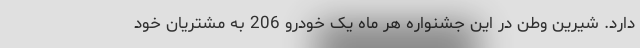
دارد. شیرین وطن در این جشنواره هر ماه یک خودرو 206 به مشتریان خود